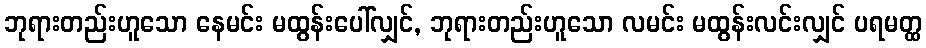
ဘုရားတည်းဟူသော နေမင်း မထွန်းပေါ်လျှင်, ဘုရားတည်းဟူသော လမင်း မထွန်းလင်းလျှင် ပရမတ္ထ